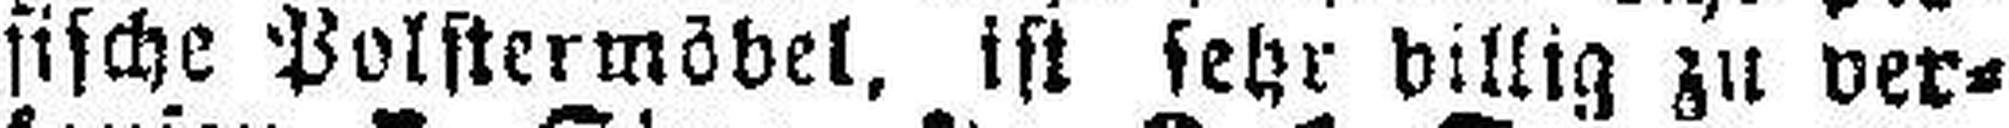
sische Polstermöbel, ist sehr billig zu ver¬